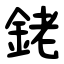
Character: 銠